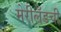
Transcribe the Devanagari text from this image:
मेरीलँडची